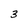
Character: 3